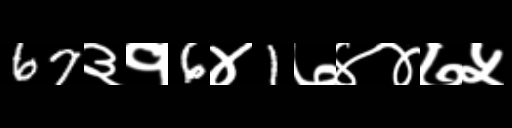
Text: 67३१6४1७४४७५